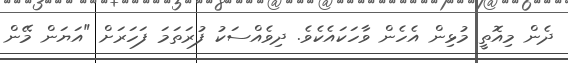
ދެން މިއޮތީ މުޅިން އެހެން ވާހަކައެކެވެ. ދިވެއްސަކު ފުރަތަމަ ފަހަރަށް "އަޔަން މޭން